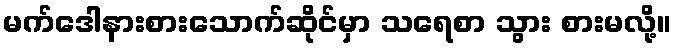
မက်ဒေါနားစားသောက်ဆိုင်မှာ သရေစာ သွား စားမလို့။